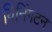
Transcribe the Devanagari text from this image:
विनिंगटन